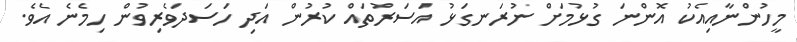
މީހުންނާއިއެކު އޮންނަ ގުޅުމަށް ނުރަނގަޅު އަސަރުތައް ކުރުން އަދި ހަސަދަވެރިވުން ހިމެނެ އެވެ.